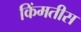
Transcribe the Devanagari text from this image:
किंमतीस